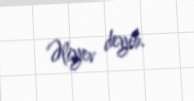
Əliyev deyib.